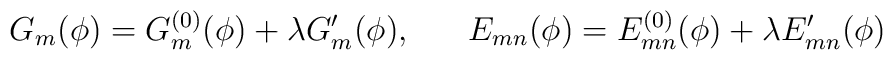
G_{m}(\phi) = G_{m}^{(0)}(\phi) + \lambda G^{\prime}_{m}(\phi), \;\;\;\;\;\;E_{mn}(\phi) = E_{mn}^{(0)}(\phi) + \lambda E^{\prime}_{mn}(\phi)